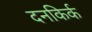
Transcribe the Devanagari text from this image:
दनकिर्क